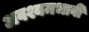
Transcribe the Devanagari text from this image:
अवश्यमभावी